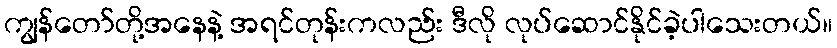
ကျွန်တော်တို့အနေနဲ့ အရင်တုန်းကလည်း ဒီလို လုပ်ဆောင်နိုင်ခဲ့ပါသေးတယ်။